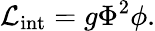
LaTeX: {\cal L}_{\mathrm{int}}=g\Phi^{2}\phi.